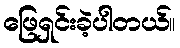
ဖြေရှင်းခဲ့ပါတယ်။